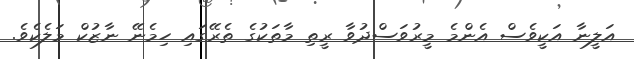
އަލީނާ އަކީވެސް އެންމެ މީރުވަސްދުވާ ރީތި މާތަކުގެ ތެރޭގައި ހިމެނޭ ނާޒުކް މަލެކެވެ.